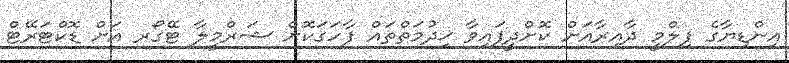
އިންޑިޔާގެ ފިލްމީ ދާއިރާއަށް ކޮށްދީފައިވާ ޚިދުމަތްތައް ފާހަގަކޮށް ޝަރްމީލާ ޓޭގޯރ އަށް ޑޮކްޓަރޭޓް